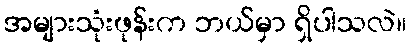
အများသုံးဖုန်းက ဘယ်မှာ ရှိပါသလဲ။